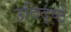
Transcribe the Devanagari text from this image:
उदिद्ष्टे